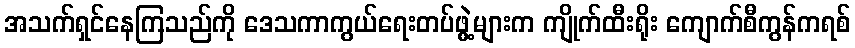
အသက်ရှင်နေကြသည်ကို ဒေသကာကွယ်ရေးတပ်ဖွဲ့များက ကျိုက်ထီးရိုး ကျောက်စီကွန်ကရစ်